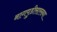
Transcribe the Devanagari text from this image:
नागपुडीसारख्या